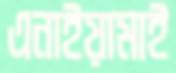
এনাইয়ামাই